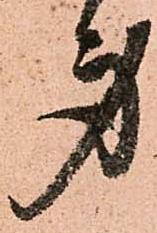
身